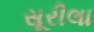
સૂરીલા